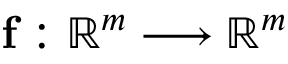
\mathbf { f } : \mathbb { R } ^ { m } \longrightarrow \mathbb { R } ^ { m }